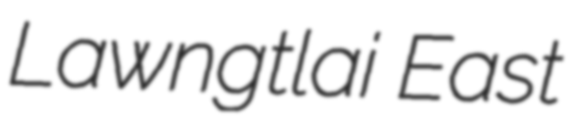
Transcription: Lawngtlai East